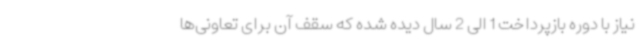
نیاز با دوره بازپرداخت 1 الی 2 سال دیده شده که سقف آن برای تعاونی‌ها